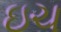
ઇચ